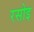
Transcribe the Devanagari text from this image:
रसोइ